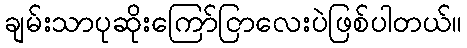
ချမ်းသာပုဆိုးကြော်ငြာလေးပဲဖြစ်ပါတယ်။